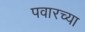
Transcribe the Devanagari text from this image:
पवारच्या